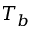
T _ { b }